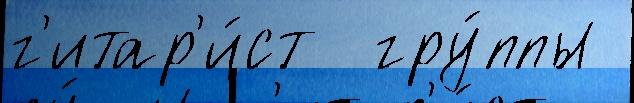
г'итар'и́ст  гру́ппы